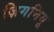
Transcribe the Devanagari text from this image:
ज़िगनियू